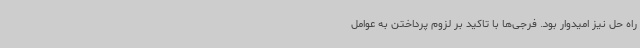
راه حل نیز امیدوار بود. فرجی‌ها با تاکید بر لزوم پرداختن به عوامل